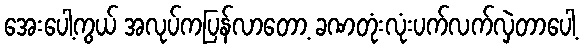
အေးပေါ့ကွယ် အလုပ်ကပြန်လာတော့ ခဏတုံးလုံးပက်လက်လှဲတာပေါ့